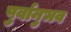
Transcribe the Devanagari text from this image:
पुर्वानुभव